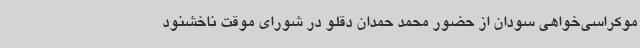
موکراسی‌خواهی سودان از حضور محمد حمدان دقلو در شورای موقت ناخشنود